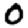
Digit: 0